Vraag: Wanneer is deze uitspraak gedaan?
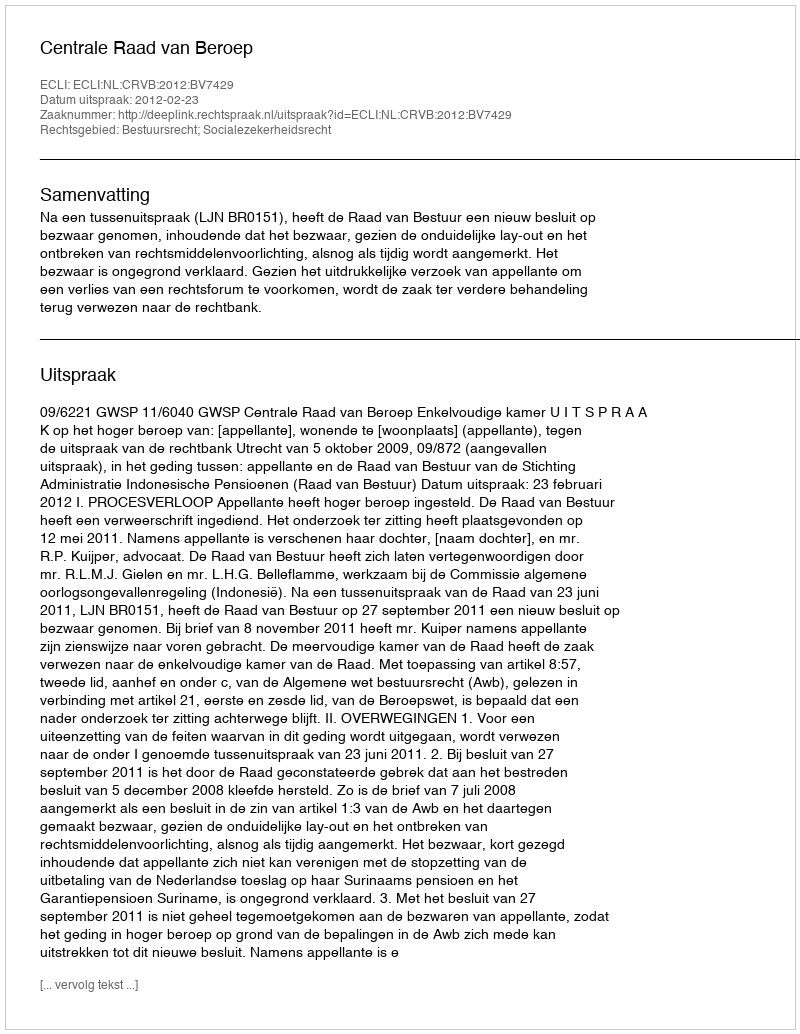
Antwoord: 2012-02-23